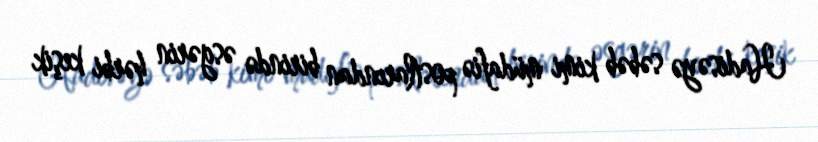
Hadisəyə səbəb kimi müdafiə postlarından birində əsgərin hərbi keşik